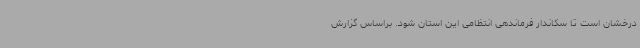
درخشان است تا سکاندار فرماندهی انتظامی این استان شود. براساس گزارش